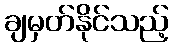
ချမှတ်နိုင်သည့်